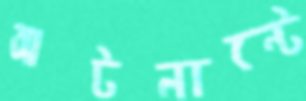
আটলান্টে